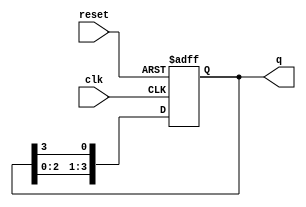
module ring_counter (
    input wire clk,          // Clock signal
    input wire reset,        // Asynchronous reset signal
    output reg [n-1:0] q     // Output of the ring counter
);
    parameter n = 4;         // Number of flip-flops (states)
    
    // Initialization of the counter
    always @(posedge clk or posedge reset) begin
        if (reset) begin
            // Reset state: only the MSB is set to 1
            q <= 1'b1 << (n-1); // Set the last flip-flop to 1, others to 0
        end else begin
            // Shift the '1' to the left, wrapping around
            q <= {q[n-2:0], q[n-1]};
        end
    end
endmodule